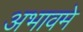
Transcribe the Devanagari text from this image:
अभावमे